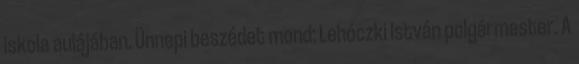
iskola aulájában. Ünnepi beszédet mond: Lehóczki István polgármester. A